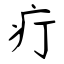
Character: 疔